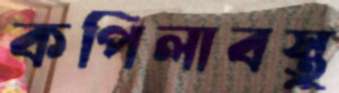
কপিলাবস্তু